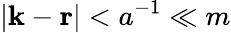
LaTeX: |{\mathbf k}-{\mathbf r}|<a^{-1}\ll m